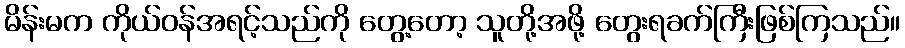
မိန်းမက ကိုယ်ဝန်အရင့်သည်ကို တွေ့တော့ သူတို့အဖို့ တွေးရခက်ကြီးဖြစ်ကြသည်။